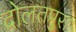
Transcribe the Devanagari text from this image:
दोलतपुरा